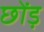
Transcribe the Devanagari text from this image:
छोंड़